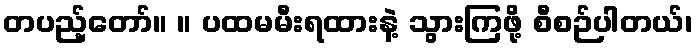
တပည့်တော်။ ။ ပထမမီးရထားနဲ့ သွားကြဖို့ စီစဉ်ပါတယ်၊